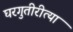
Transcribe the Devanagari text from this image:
घरगुतीरीत्या